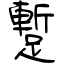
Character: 蹔